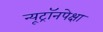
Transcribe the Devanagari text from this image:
न्यूट्रॉनपेक्षा